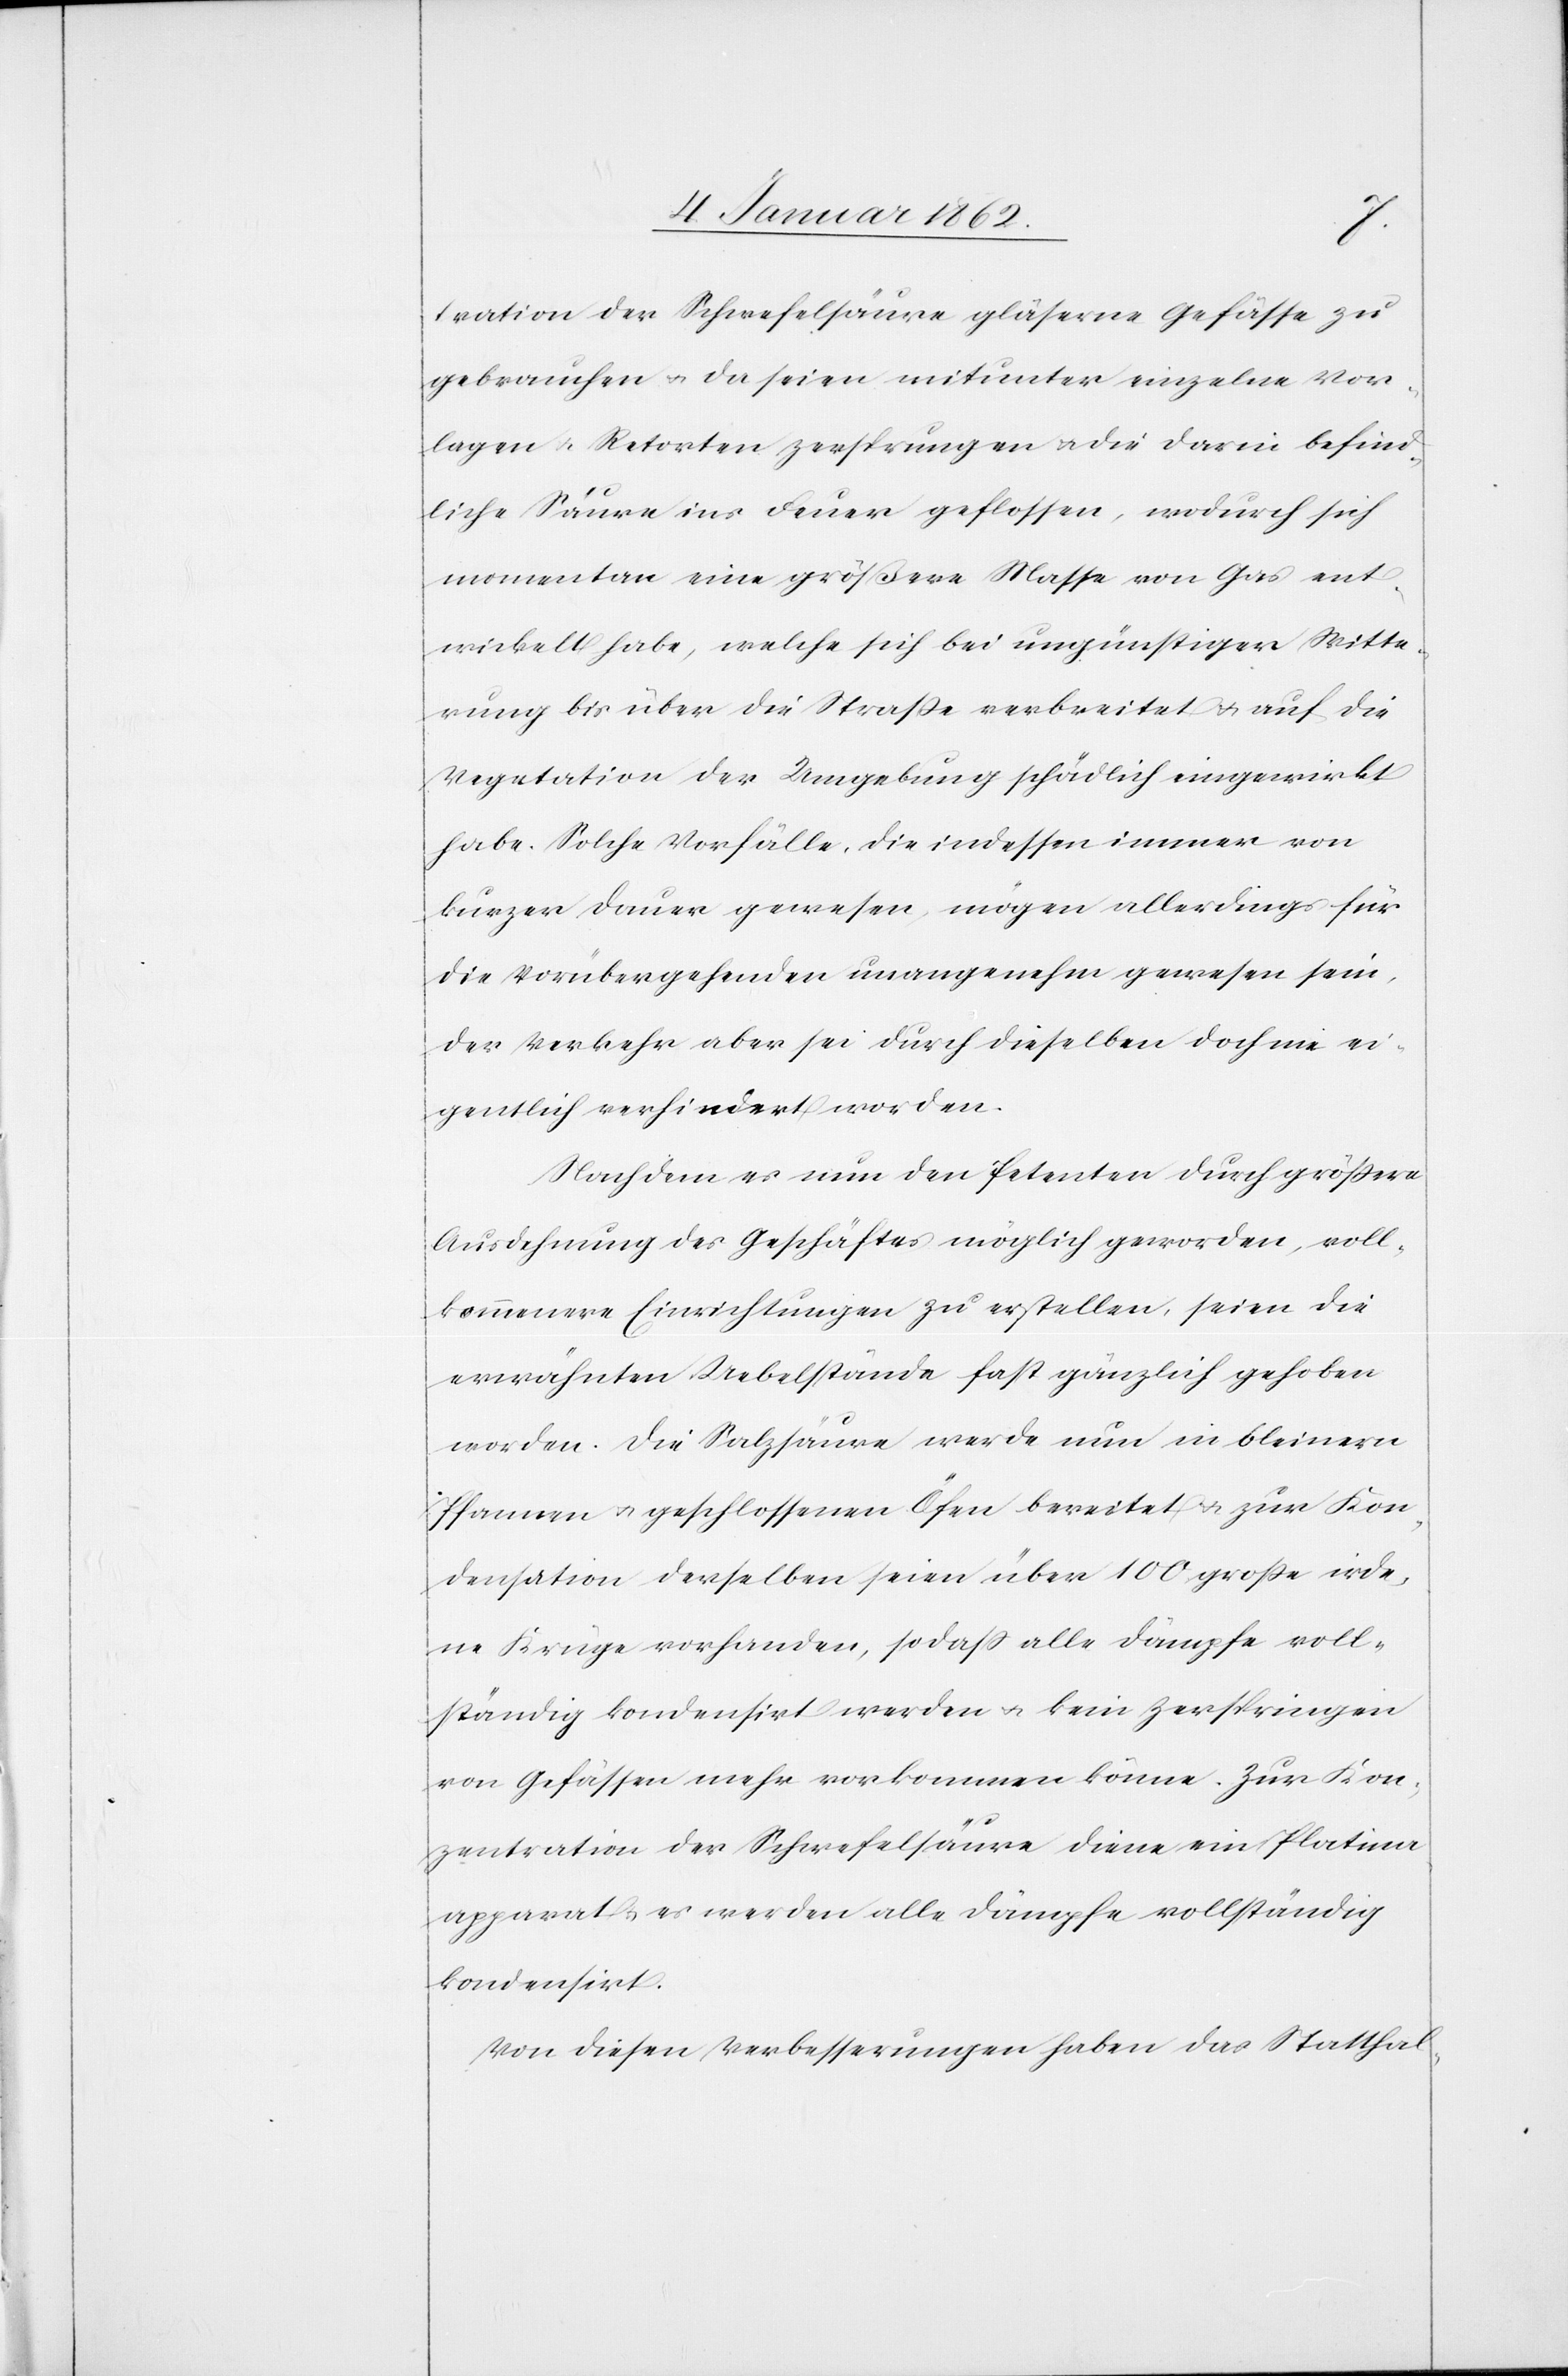
tration der Schwefelsäure gläserne Gefässe zu
gebrauchen u. da seien mitunter einzelne Vor¬
lagen u. Retorten zersprungen u. die darin befind¬
liche Säure ins Feuer geflossen, wodurch sich
momentan eine größere Masse an Gas ent¬
wickelt habe, welche sich bei ungünstiger Witte¬
rung bis über die Straße verbreitet u. auf die
Vegetation der Umgebung schädlich eingewirkt
habe. Solche Vorfälle, die indessen immer von
kurzer Dauer gewesen, mögen allerdings für
die Vorübergehenden unangenehm gewesen sein,
der Verkehr aber sei durch dieselben doch nie ei¬
gentlich verhindert worden.
Nachdem es nun den Petenten durch größere
Ausdehnung des Geschäftes möglich geworden, voll¬
kommenere Einrichtungen zu erstellen, seien die
erwähnten Uebelstände fast gänzlich gehoben
worden. Die Salzsäure werde nun in bleinern
Pfannen u. geschlossenen Öfen bereitet u. zur Kon¬
densation derselben seien über 100 große irde¬
ne Krüge vorhanden, sodaß alle Dämpfe voll¬
ständig kondensirt werden u. kein Zerspringen
von Gefässen mehr vorkommen könne. Zur Kon¬
zentration der Schwefelsäure diene ein Platina¬
apparat u. es werden alle Dämpfe vollständig
kondensirt.
Von diesen Verbesserungen haben das Statthal-